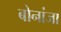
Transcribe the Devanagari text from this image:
बोनांजा